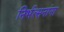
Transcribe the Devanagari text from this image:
निर्भत्सनांना